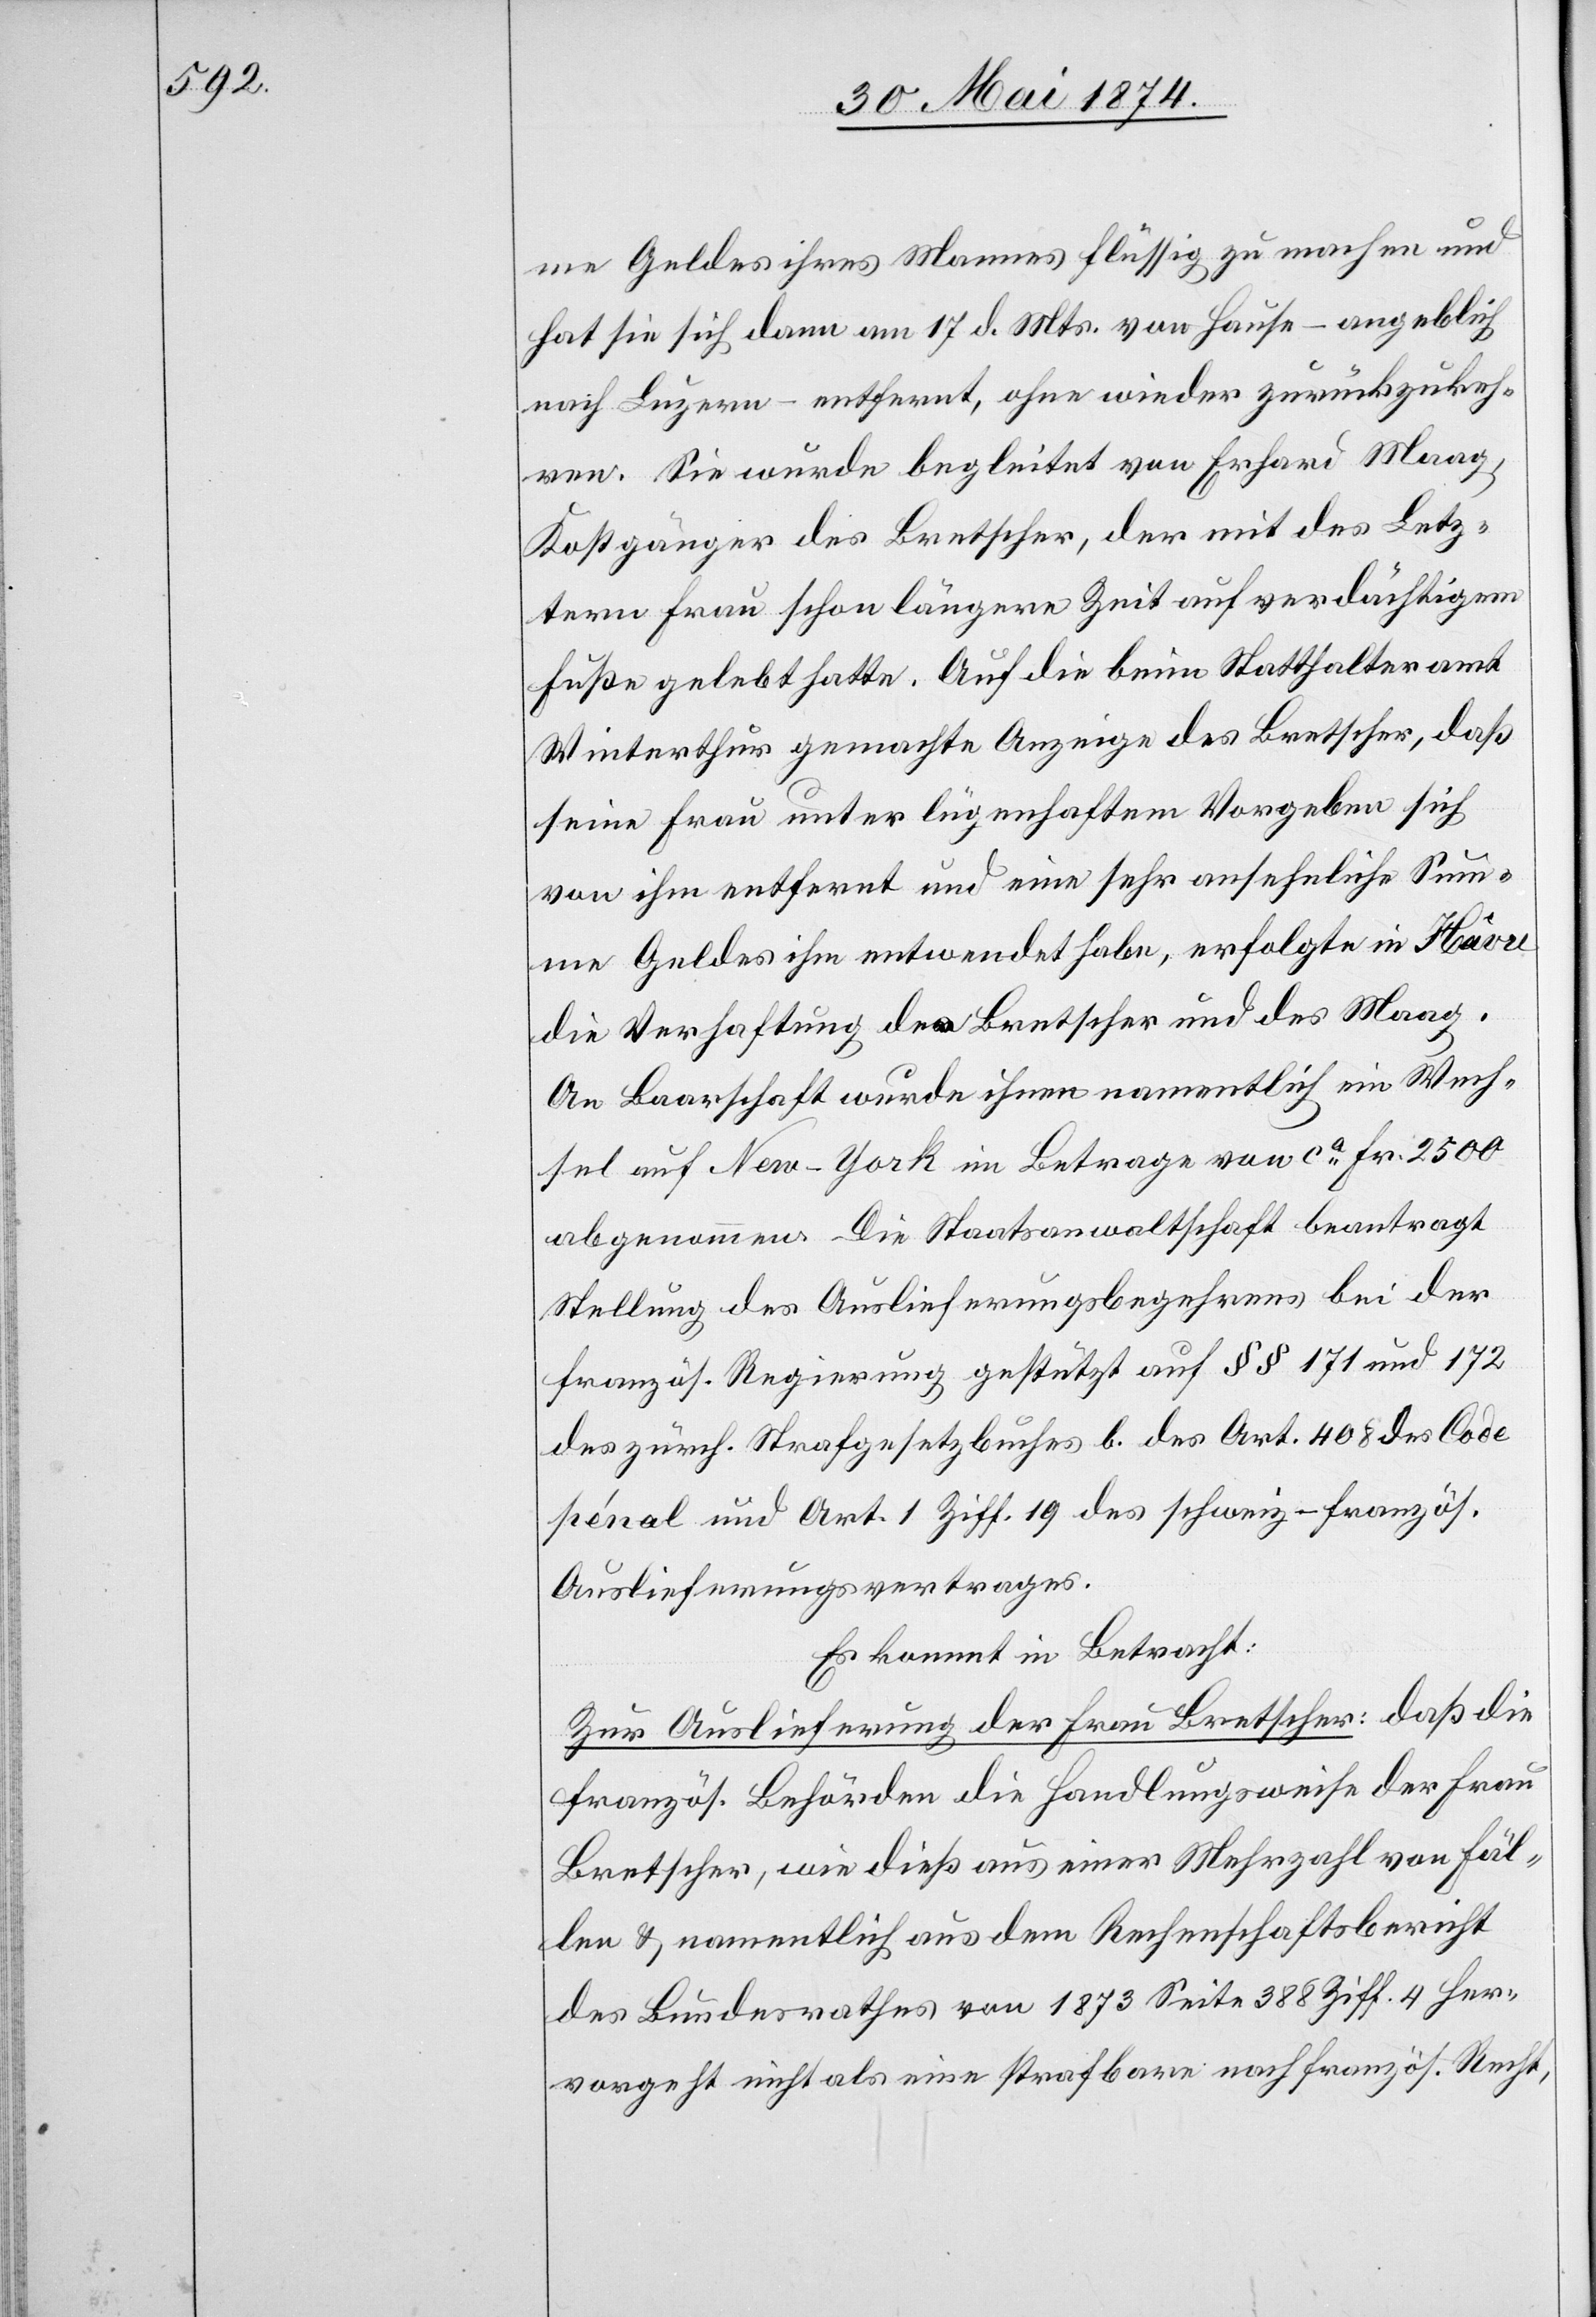
me Geldes ihres Mannes flüssig zu machen und
hat sie sich dann am 17. d. Mts. von Hause – angeblich
nach Luzern – entfernt, ohne wieder zurückzukeh¬
ren. Sie wurde begleitet von Erhard Maag,
Kostgänger des Bretscher, der mit des Letz¬
tern Frau schon längere Zeit auf verdächtigem
Fuß gelebt hatte. Auf die beim Statthalteramt
Winterthur gemacht Anzeige des Bretscher, daß
seine Frau unter lügenhaftem Vorgeben sich
von ihm entfernt und eine sehr ansehnliche Sum¬
me Geldes ihm entwendet habe, erfolgte in Hâvre
die Verhaftung der Bretscher und des Maag.
An Baarschaft wurde ihnen namentlich ein Wech¬
sel auf New-York im Betrage von ca Fr. 2500
abgenommen. Die Staatsanwaltschaft beantragt
Stellung des Auslieferungsbegehrens bei der
französ. Regierung gestützt auf §§ 171 und 172
des zürch. Strafgesetzbuches b. des Art. 408 des Code
pénal und Art. 1 Ziff. 19 des schweiz.–französ.
Auslieferungsbetrages.
Es kommt in Betracht:
Zur Auslieferung der Frau Bretscher: daß die
französ. Behörden die Handlungsweise der Frau
Bretscher, wie dieß aus einer Mehrzahl von Fäl¬
len u. namentlich aus dem Rechenschaftsbericht
des Bundesrathes von 1873 Seite 388 Ziff. 4 her¬
vorgeht nicht als eine strafbare nach französ. Recht,